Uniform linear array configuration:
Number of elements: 16
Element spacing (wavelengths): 0.5
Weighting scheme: hamming
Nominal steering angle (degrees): -60
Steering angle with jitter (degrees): -60.499
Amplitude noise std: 0.05
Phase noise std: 0.05

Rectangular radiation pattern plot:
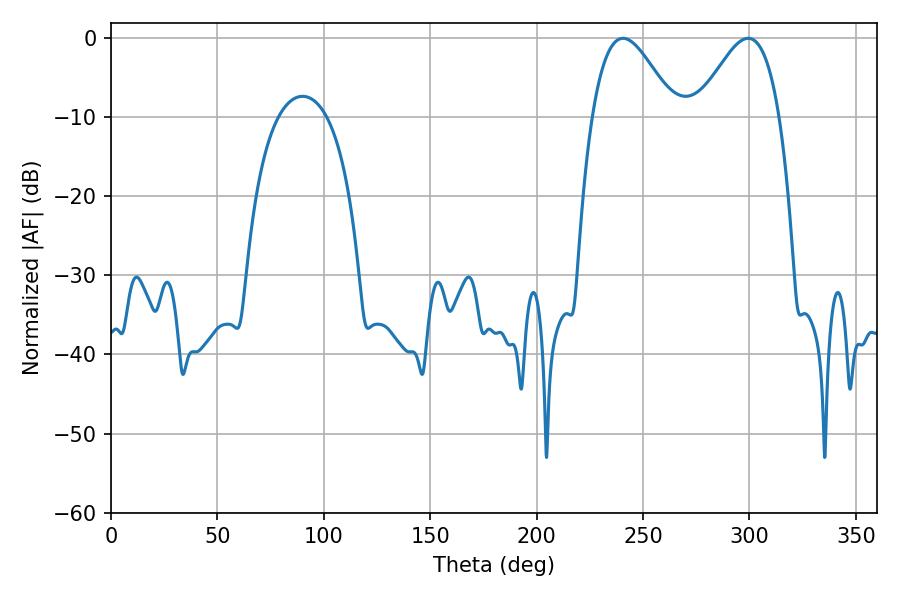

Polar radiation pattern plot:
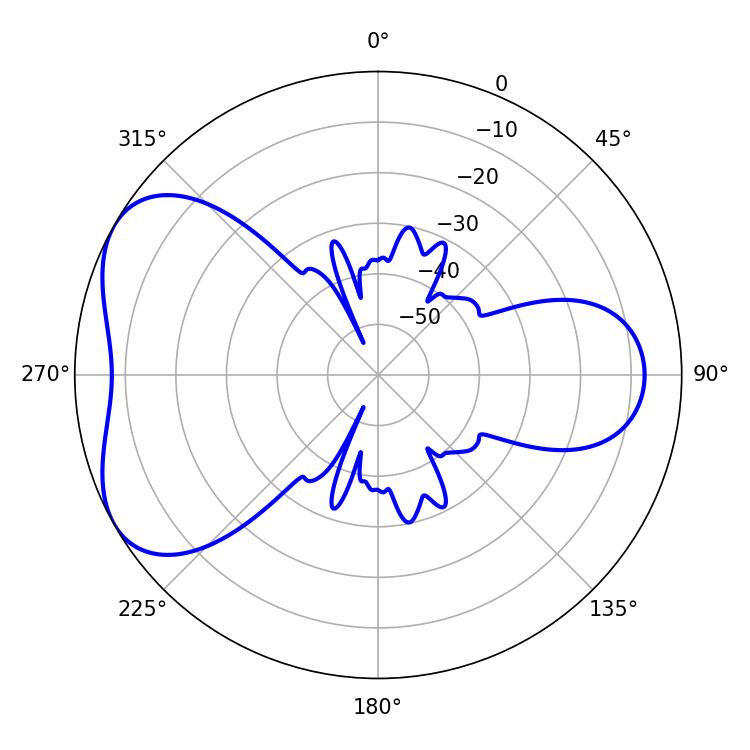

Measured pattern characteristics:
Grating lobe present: FALSE
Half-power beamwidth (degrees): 20.7
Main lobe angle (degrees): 240.66